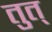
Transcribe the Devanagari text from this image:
तुत्